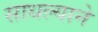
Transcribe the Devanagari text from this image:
साधल्याने